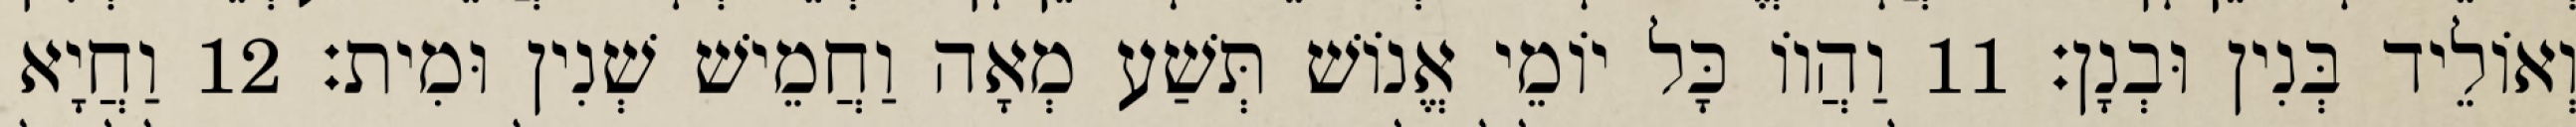
וְאוֹלֵיד בְּנִין וּבְנָן׃ 11 וַהֲווֹ כָּל יוֹמֵי אֱנוֹשׁ תְּשַׁע מְאָה וַחֲמֵישׁ שְׁנִין וּמִית׃ 12 וַחֲיָא